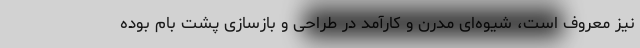
نیز معروف است، شیوه‌ای مدرن و کارآمد در طراحی و بازسازی پشت بام بوده